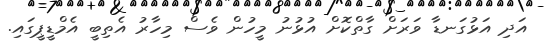
އަދި އަޅުގަނޑާ ވަރަށް ގާތްކޮށް އުޅުނު މީހުން ވެސް މިހާރު އެތިބީ އެމްޑީޕީގައި.